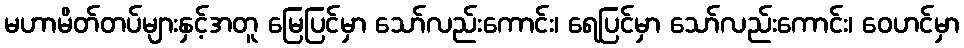
မဟာမိတ်တပ်များနှင့်အတူ မြေပြင်မှာ သော်လည်းကောင်း၊ ရေပြင်မှာ သော်လည်းကောင်း၊ ဝေဟင်မှာ